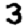
Digit: 3